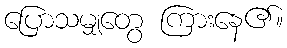
ပြောသမျှတွေ ကြားနေ၏။